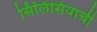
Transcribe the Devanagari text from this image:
सिलिसियाची